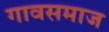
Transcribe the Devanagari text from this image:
गावसमाज